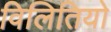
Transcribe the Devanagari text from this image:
विलितियो